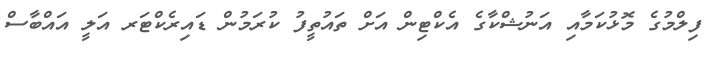
ފިލްމުގެ މޮޅުކަމާއި އަނުޝްކާގެ އެކްޓިން އަށް ތައުތީފު ކުރަމުން ޑައިރެކްޓަރ އަލީ އައްބާސް